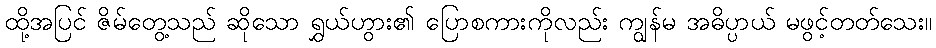
ထို့အပြင် ဇိမ်တွေ့သည် ဆိုသော ရွှယ်ဟွား၏ ပြောစကားကိုလည်း ကျွန်မ အဓိပ္ပာယ် မဖွင့်တတ်သေး။